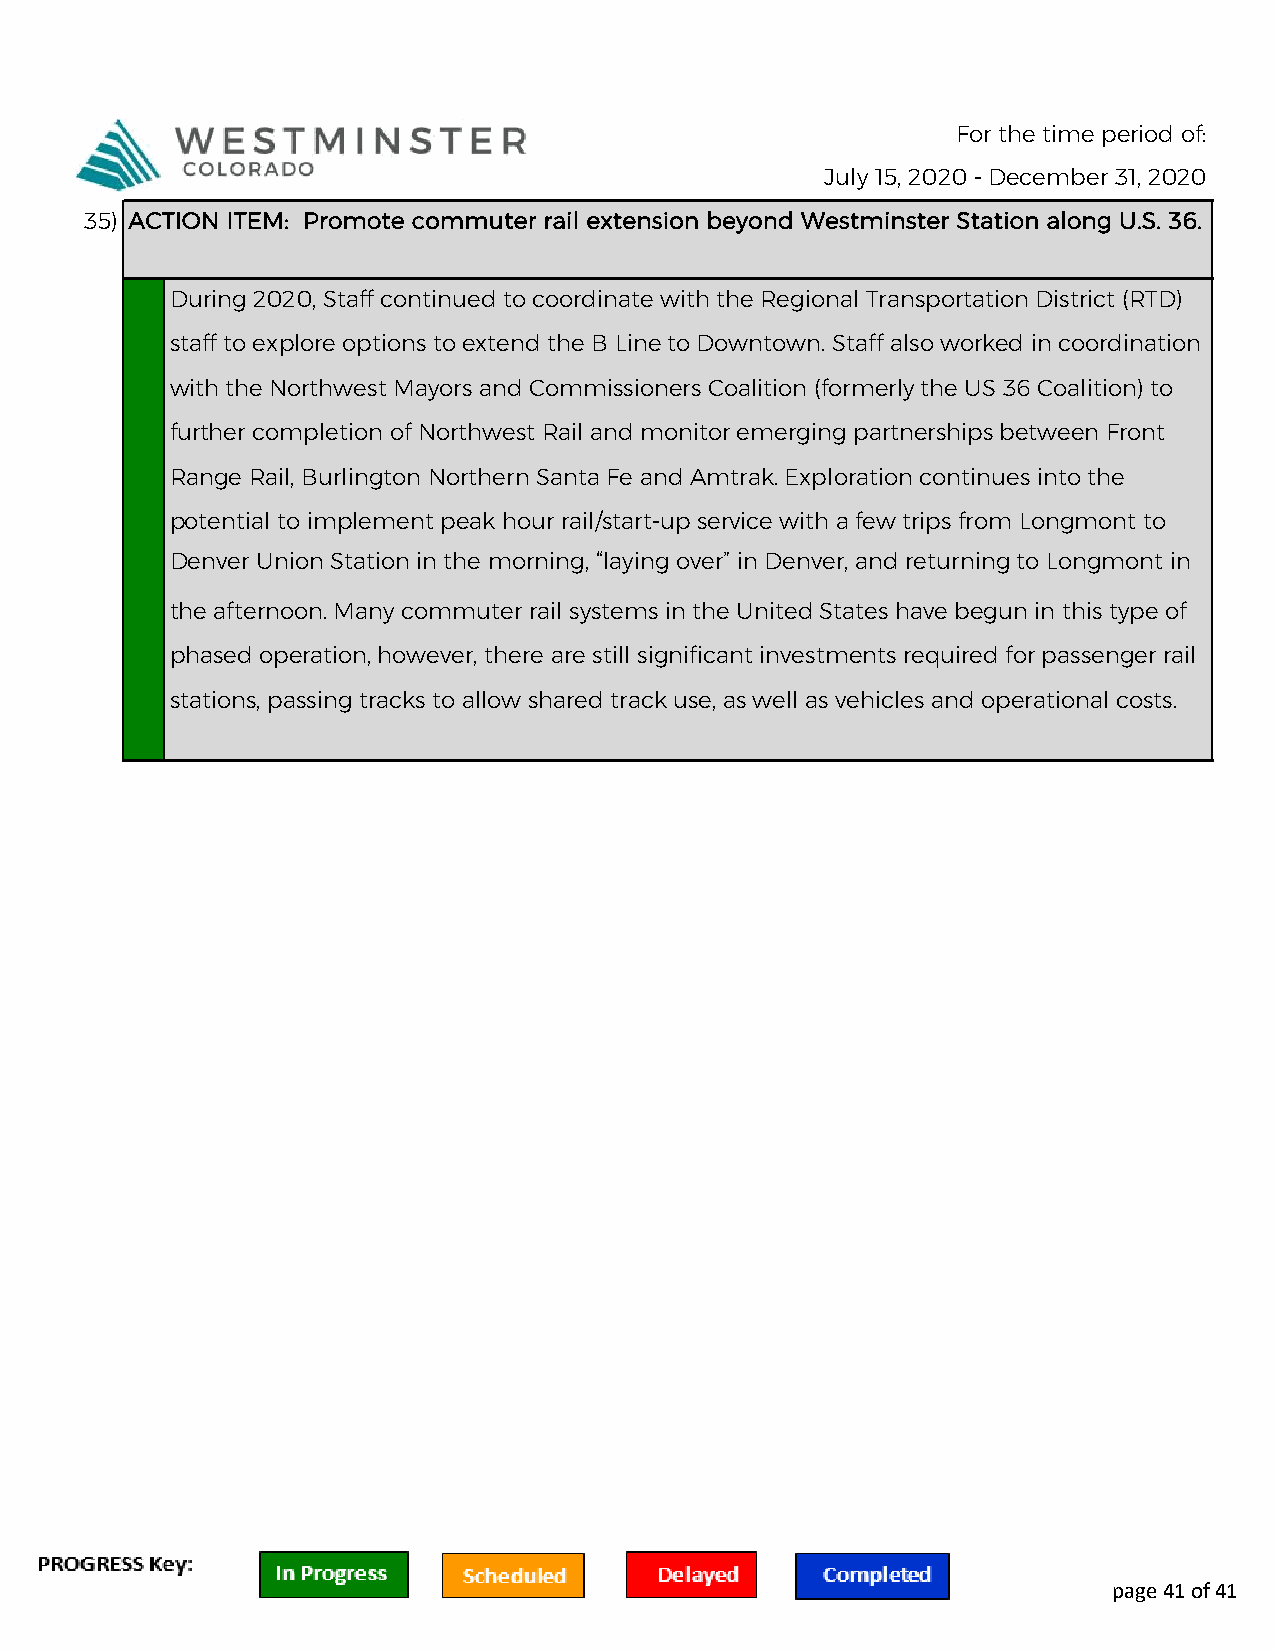
For the time period of:
 July 15, 2020 - December 31, 2020
 35) ACTION ITEM: Promote commuter rail extension beyond Westminster Station along U.S. 36.
 During 2020, Staff continued to coordinate with the Regional Transportation District (RTD)
 staff to explore options to extend the B Line to Downtown. Staff also worked in coordination
 with the Northwest Mayors and Commissioners Coalition (formerly the US 36 Coalition) to
 further completion of Northwest Rail and monitor emerging partnerships between Front
 Range Rail, Burlington Northern Santa Fe and Amtrak. Exploration continues into the
 potential to implement peak hour rail/start-up service with a few trips from Longmont to
 Denver Union Station in the morning, “laying over” in Denver, and returning to Longmont in
 the afternoon. Many commuter rail systems in the United States have begun in this type of
 phased operation, however, there are still significant investments required for passenger rail
 stations, passing tracks to allow shared track use, as well as vehicles and operational costs.
 page 41 of 41